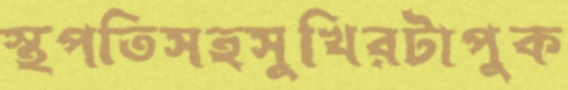
স্থপতিসহসুখিরটাপুক